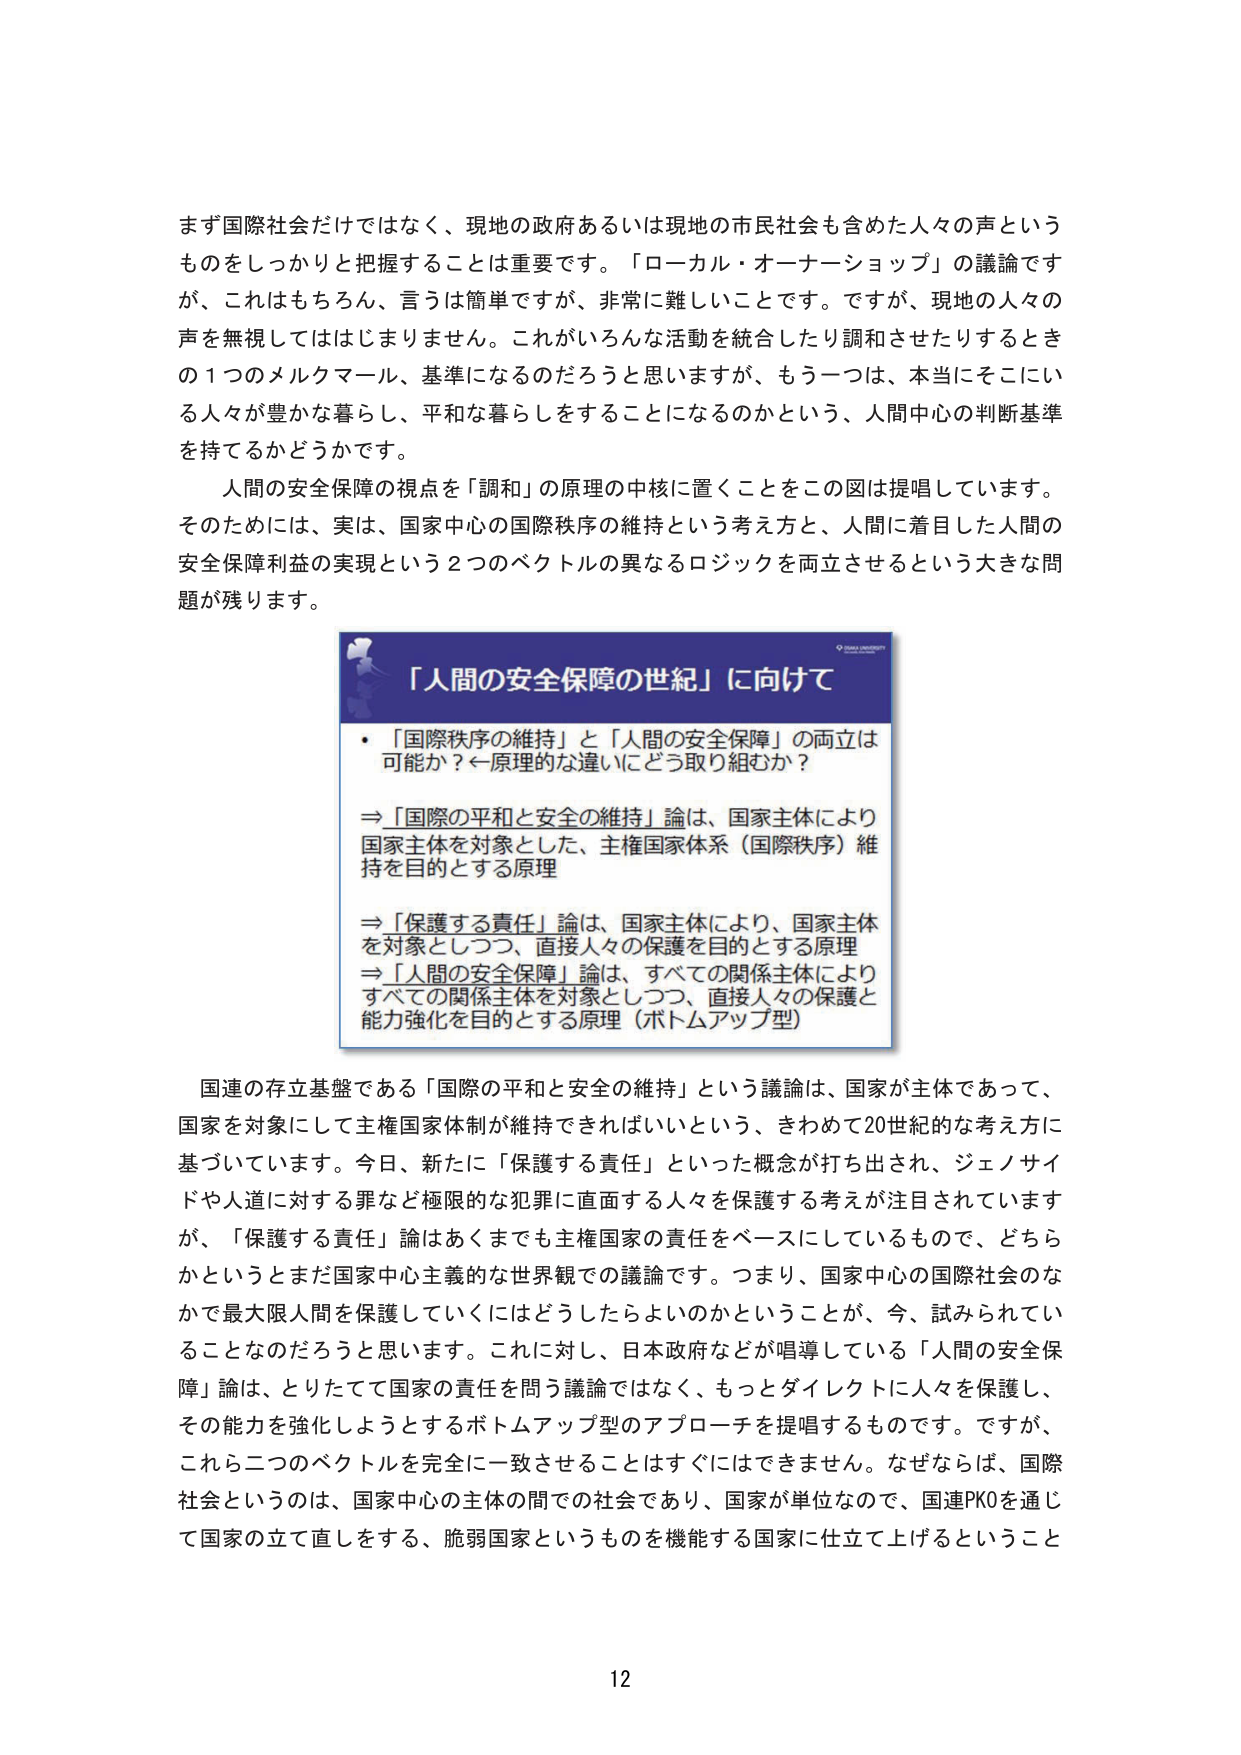
まず国際社会だけではなく、現地の政府あるいは現地の市民社会も含めた人々の声というものをしっかりと把握することは重要です。「ローカル・オーナーショップ」の議論ですが、これはもちろん、言うは簡単ですが、非常に難しいことです。ですが、現地の人々の声を無視してははじまりません。これがいろんな活動を統合したり調和させたりするときの1つのメルクマール、基準になるのだろうと思いますが、もう一つは、本当にそこにいる人々が豊かな暮らし、平和な暮らしをすることになるのかという、人間中心の判断基準を持てるかどうかです。

人間の安全保障の視点を「調和」の原理の中核に置くことをこの図は提唱しています。そのためには、実は、国家中心の国際秩序の維持という考え方と、人間に着目した人間の安全保障利益の実現という2つのベクトルの異なるロジックを両立させるという大きな問題が残ります。

「人間の安全保障の世紀」に向けて

・「国際秩序の維持」と「人間の安全保障」の両立は可能か？←原理的な違いにどう取り組むか？

⇒「国際の平和と安全の維持」論は、国家主体により国家主体を対象とした、主権国家体系（国際秩序）維持を目的とする原理

⇒「保護する責任」論は、国家主体により、国家主体を対象としつつ、直接人々の保護を目的とする原理

⇒「人間の安全保障」論は、すべての関係主体によりすべての関係主体を対象としつつ、直接人々の保護と能力強化を目的とする原理（ボトムアップ型）

国連の存立基盤である「国際の平和と安全の維持」という議論は、国家が主体であって、国家を対象にして主権国家体制が維持できればいいという、きわめて20世紀的な考え方に基づいています。今日、新たに「保護する責任」といった概念が打ち出され、ジェノサイドや人道に対する罪など極限的な犯罪に直面する人々を保護する考えが注目されていますが、「保護する責任」論はあくまでも主権国家の責任をベースにしているもので、どちらかというとまだ国家中心主義的な世界観での議論です。つまり、国家中心の国際社会のなかで最大限人間を保護していくにはどうしたらよいのかということが、今、試みられていることなのだろうと思います。これに対し、日本政府などが唱導している「人間の安全保障」論は、とりたてて国家の責任を問う議論ではなく、もっとダイレクトに人々を保護し、その能力を強化しようとするボトムアップ型のアプローチを提唱するものです。ですが、これら二つのベクトルを完全に一致させることはすぐにはできません。なぜならば、国際社会というのは、国家中心の主体の間での社会であり、国家が単位なので、国連PKOを通じて国家の立て直しをする、脆弱国家というものを機能する国家に仕立て上げるということ

12